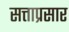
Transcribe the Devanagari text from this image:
सत्ताप्रसार